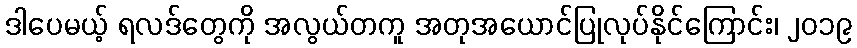
ဒါပေမယ့် ရလဒ်တွေကို အလွယ်တကူ အတုအယောင်ပြုလုပ်နိုင်ကြောင်း၊ ၂၀၁၉